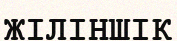
ЖІЛІНШІК